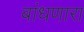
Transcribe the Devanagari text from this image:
बांधणारा